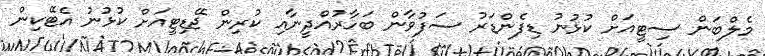
މެލްބަން ސިޓީއަށް ކުޅުނު ޑިފެންޑަރު ސަފުވާން ބަހާރުއްދީނާއި ކުރިން ޖޭޑިޓީއަށް ކުޅުނު އެޓޭކިން